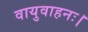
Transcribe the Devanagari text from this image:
वायुवाहनः।